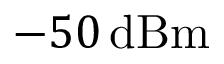
- 5 0 \, \mathrm { d B m }